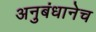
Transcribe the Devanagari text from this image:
अनुबंधानेच